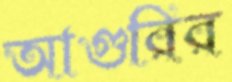
আগুরির